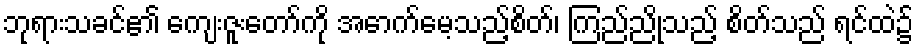
ဘုရားသခင်၏ ကျေးဇူးတော်ကို အောက်မေ့သည့်စိတ်၊ ကြည်ညိုသည့် စိတ်သည် ရင်ထဲ၌